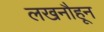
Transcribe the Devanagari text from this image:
लखनौहून